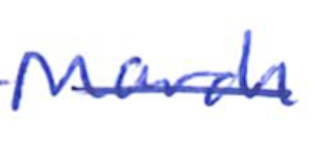
Text: March
Cross-out: single-line
Writing tool: ballpoint